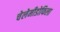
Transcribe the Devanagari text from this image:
चेलेमीडोफिला